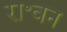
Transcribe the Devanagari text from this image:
रा॰वन